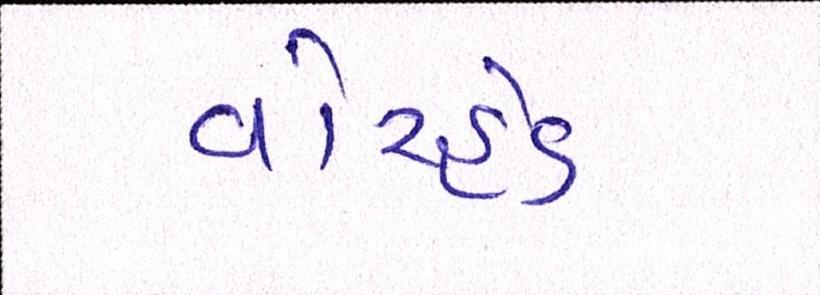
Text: વોરહેડ